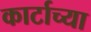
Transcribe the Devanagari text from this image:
कार्टाच्या